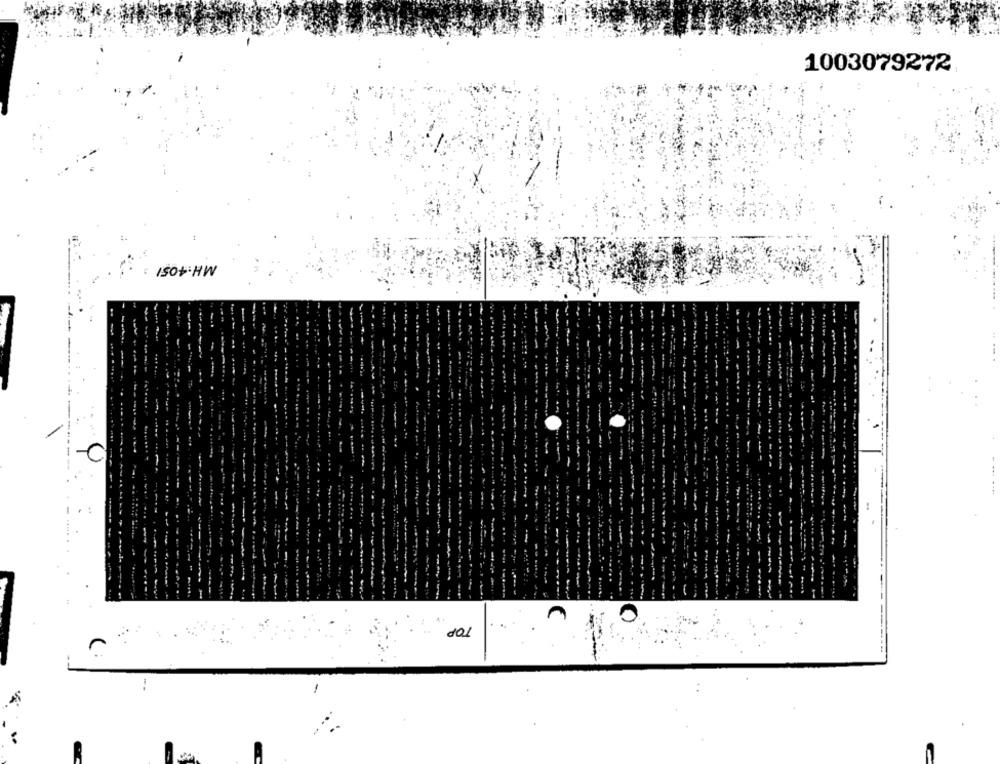
1003079272
MH:4051
dal